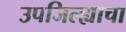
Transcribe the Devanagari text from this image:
उपजिल्ह्याचा